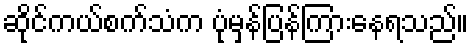
ဆိုင်ကယ်စက်သံက ပုံမှန်ပြန်ကြားနေရသည်။